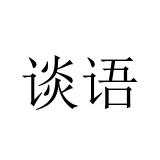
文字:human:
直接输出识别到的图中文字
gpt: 谈语